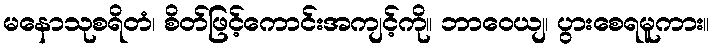
မနောသုစရိတံ၊ စိတ်ဖြင့်ကောင်းအကျင့်ကို။ ဘာဝေယျ၊ ပွားစေရမူကား။